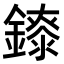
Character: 𨭁